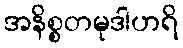
အနိစ္စတမုဒါဟရိ